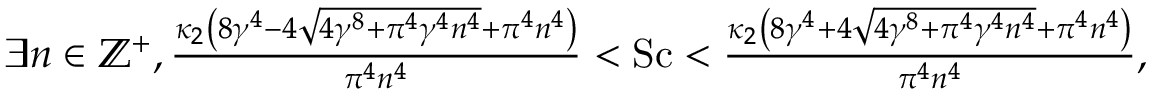
\begin{array} { r } { \exists n \in \mathbb { Z } ^ { + } , \frac { \kappa _ { 2 } \left( 8 \gamma ^ { 4 } - 4 \sqrt { 4 \gamma ^ { 8 } + \pi ^ { 4 } \gamma ^ { 4 } n ^ { 4 } } + \pi ^ { 4 } n ^ { 4 } \right) } { \pi ^ { 4 } n ^ { 4 } } < \mathrm { S c } < \frac { \kappa _ { 2 } \left( 8 \gamma ^ { 4 } + 4 \sqrt { 4 \gamma ^ { 8 } + \pi ^ { 4 } \gamma ^ { 4 } n ^ { 4 } } + \pi ^ { 4 } n ^ { 4 } \right) } { \pi ^ { 4 } n ^ { 4 } } , } \end{array}